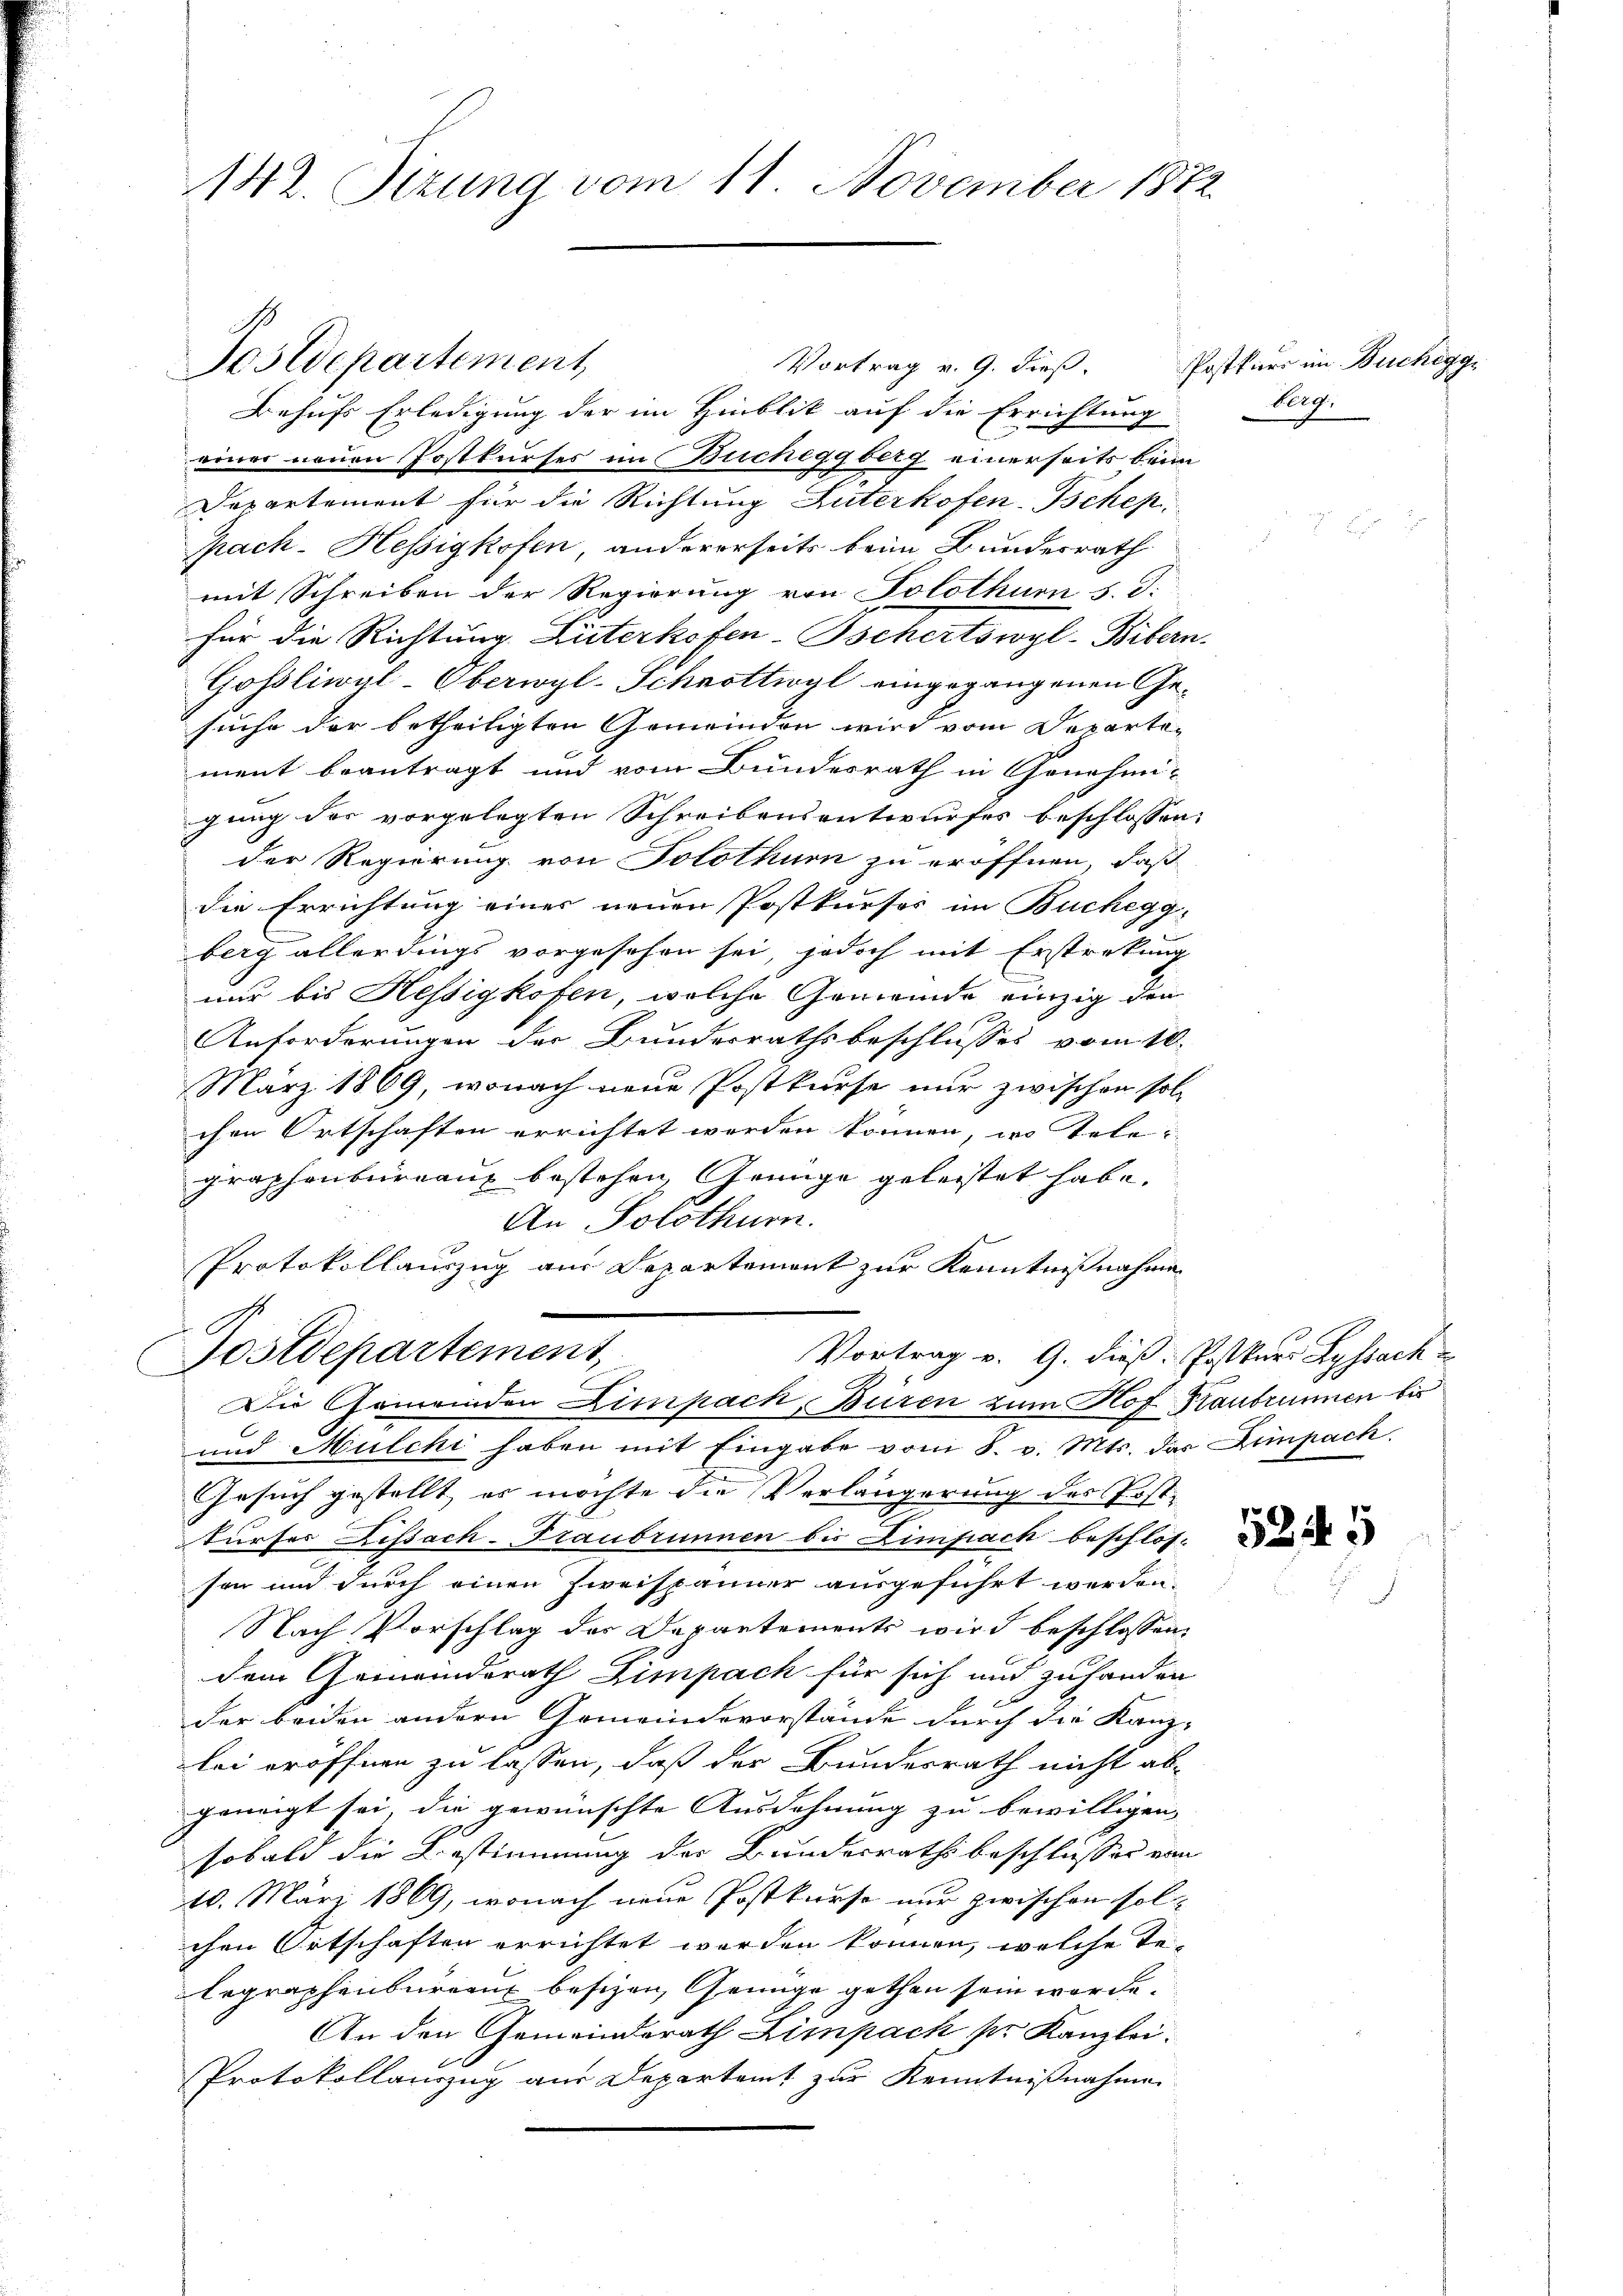
142. Sizung vom 11. November 1872.

Postdepartement

Vortrag v. 9. dieß.
Behufs Erledigung der im Hinblik auf die Errichtung
einer neuen Postkurses im Bucheggberg einerseits beim
Departement für die Richtung Güterkofen-Tschep
pach-Hessigkofen, andererseits beim Bundesrath
mit Schreiben der Regierung von Solothurn s. T.
für die Richtung Güterkofen-Bschertowyl-Bibern.
Gossliwyl-Oberwyl-Schnottwyl eingegangenen Gesuche der betheiligten Gemeinden wird vom Departement beantragt und vom Bundesrath in Genehmi-
gung der vorgelegten Schreibensentwurfes beschlossen:
der Regierung von Solothurn zu eröffnen, daß
die Errichtung einer neuen Postkurses im Buchegg,
berg allerdings vorgesehen sei, jedoch mit Erstreckung
nur bis Hessigkofen, welche Gemeinde einzig den
Anforderungen der Bundesrathsbeschlusses vom 10.
März 1869, wonach neue Postkurse nur zwischen sol-
chen Ortschaften errichtet worden können, wo Tele
graphenbureaux bestehen, Genüge geleistet habe.
An Solothurn.
Protokollauszug aus Departement zur Kenntnißnahme
J
Vortrag v. 9. dieß. Postkurs Lyssach
Postdepartement
Die Gemeinden Zimpach, Buren zum Hof Kaubrunnen bis
und Mülchi haben mit Eingabe vom 8. v. Mts. das Zimpach
Gesuch gestellt, es möchte die Verlängerung des Post¬
Surses Dissach- Traubrunnen bis Eimpach beschlos-
son und durch einen Zweispänner ausgeführt werden.
Nach Vorschlag des Departements wird beschlossen,
dem Gemeindsrath Zimpach für sich und zuhanden
der beiden andern Gemeindevorstände durch die Kanz-
lei eröffnen zu lassen, daß der Bundesrath nicht ab-
geneigt sei, die gewünschte Ausdehnung zu bewilligen,
sobald die Bestimmung des Bundesraths beschlusses von
10. März 1869, wonach neue Postkurse nur zwischen sol-
chen Ortschaften errichtet worden können, welche Re¬
Legraphenbureaux besizen, Genüge gethan sein worde.
An den Gemeindsrath Zimpach pr. Kanzlei.
Protokollauszug aus Departamt zur Kenntnißnahme

Postkurs im Buchegg,
Arg.

5245